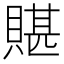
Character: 𧶿